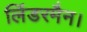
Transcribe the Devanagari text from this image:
लिंडरमैन।